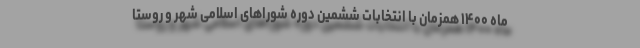
ماه ۱۴۰۰ همزمان با انتخابات ششمین دورهٔ شوراهای اسلامی شهر و روستا